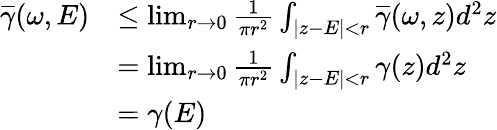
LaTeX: \begin{array}{rl}{\overline{{\gamma}}(\omega,E)}&{\leq\operatorname*{lim}_{r\rightarrow 0}\frac{1}{\pi r^{2}}\int_{|z-E|<r}\overline{{\gamma}}(\omega,z)d^{2}z}\\ &{=\operatorname*{lim}_{r\rightarrow 0}\frac{1}{\pi r^{2}}\int_{|z-E|<r}\gamma(z)d^{2}z}\\ &{=\gamma(E)}\end{array}